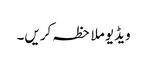
ویڈیو ملاحظہ کریں۔